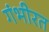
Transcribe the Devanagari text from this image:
गंभीरत